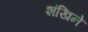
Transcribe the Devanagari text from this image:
शंखिने